Scottish Leaving Certificate Examination, 1952
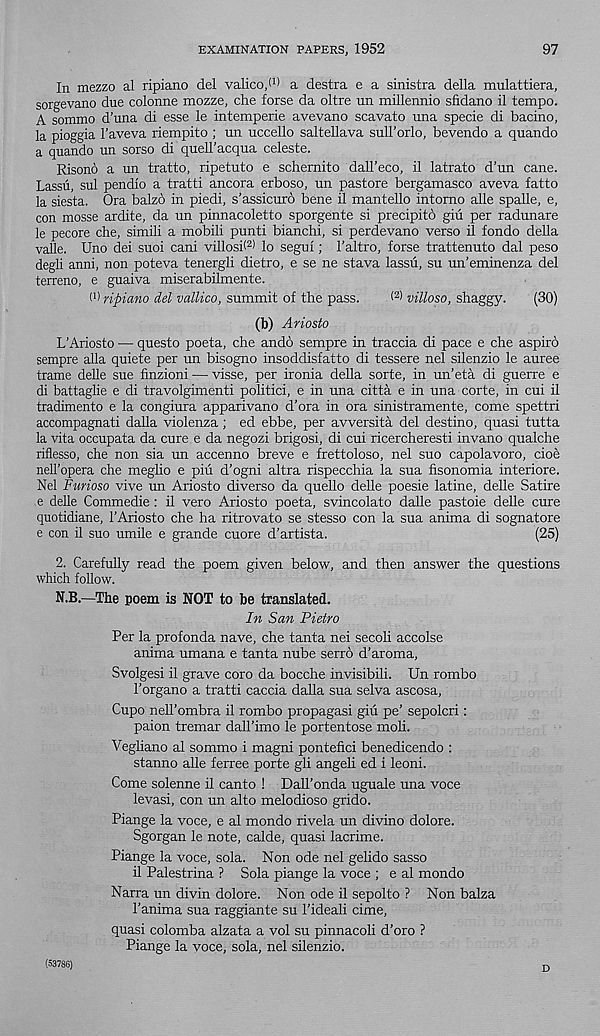
EXAMINATION PAPERS, 1952
97
In mezzo al ripiano del valico,! 1 * a destra e a sinistra della mulattiera,
sorgevano due colonne mozze, che forse da oltre un millennio sfidano il tempo.
A sommo d’una di esse le intemperie avevano scavato una specie di bacino,
la pioggia 1’aveva riempito ; un uccello saltellava sull’orlo, bevendo a quando
a quando un sorso di quell’acqua celeste.
Risono a un tratto, ripetuto e schernito dall’eco, il latrato d’un cane.
Lassu, sul pendio a tratti ancora erboso, un pastore bergamasco aveva fatto
la siesta. Ora balzo in piedi, s'assicuro bene il mantello intorno alle spalle, e,
con mosse ardite, da un pinnacoletto sporgente si precipito giu per radunare
le pecore die, simili a mobili punti bianchi, si perdevano verso il fondo della
valle. Uno dei suoi cani villosi( 2) lo segui; 1’altro, forse trattenuto dal peso
degli anni, non poteva tenergli dietro, e se ne stava lassu, su un'eminenza del
terreno, e guaiva miserabilmente.
(■) ripiano del vallico, summit of the pass.
( 2) villoso, shaggy.
(30)
(b) Ariosto
L’Ariosto — questo poeta, che ando sempre in traccia di pace e che aspirb
sempre alia quiete per un bisogno insoddisfatto di tessere nel silenzio le auree
trame delle sue finzioni — visse, per ironia della sorte, in un’eta di guerre e
di battaglie e di travolgimenti politici, e in una citta e in una corte, in cui il
tradimento e la congiura apparivano d’ora in ora sinistramente, come spettri
accompagnati dalla violenza; ed ebbe, per avversita del destine, quasi tutta
la vita occupata da cure e da negozi brigosi, di cui ricercheresti invano qualche
riflesso, che non sia un accenno breve e frettoloso, nel suo capolavoro, cioe
nelTopera che meglio e piu d’ogni altra rispecchia la sua fisonomia interiore.
Nel Furioso vive un Ariosto diverse da quello delle poesie latine, delle Satire
e delle Commedie: il vero Ariosto poeta, svincolato dalle pastoie delle cure
quotidiane, I’Ariosto che ha ritrovato se stesso con la sua anima di sognatore
e con il suo umile e grande cuore d’artista.
(25)
2. Carefully read the poem given below, and then answer the questions
which follow.
N.B.—The poem is NOT to be translated.
In San Pietro
Per la profonda nave, che tanta nei secoli accolse
anima umana e tanta nube serro d’aroma,
Svolgesi il grave coro da bocche invisibili. Un rombo
Torgano a tratti caccia dalla sua selva ascosa,
Cupo neU’ombra il rombo propagasi giu pe’ sepolcri:
paion tremar dall’imo le portentose moli.
Veghano al sommo i magni pontefici benedicendo :
stanno alle ferree porte gli angeli ed i leoni.
Come solenne il canto ! Dall’onda uguale una voce
levasi, con un alto melodioso grido.
Piange la voce, e al mondo rivela un divino dolore.
Sgorgan le note, calde, quasi lacrime.
Piange la voce, sola. Non ode nel gelido sasso
il Palestrina ? Sola piange la voce ; e al mondo
Narra un divin dolore. Non ode il sepolto ? Non balza
1’anima sua raggiante su I’ideali cime,
quasi colomba alzata a vol su pinnacoli d’oro ?
Piange la voce, sola, nel silenzio.
(53786)
D